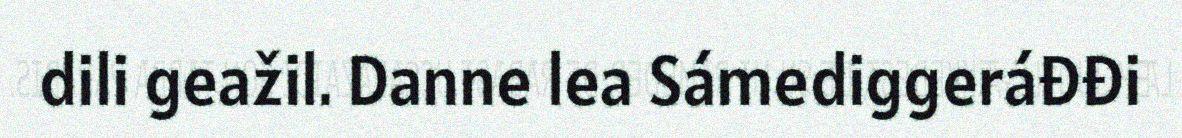
dili geažil. Danne lea Sámediggeráđđi